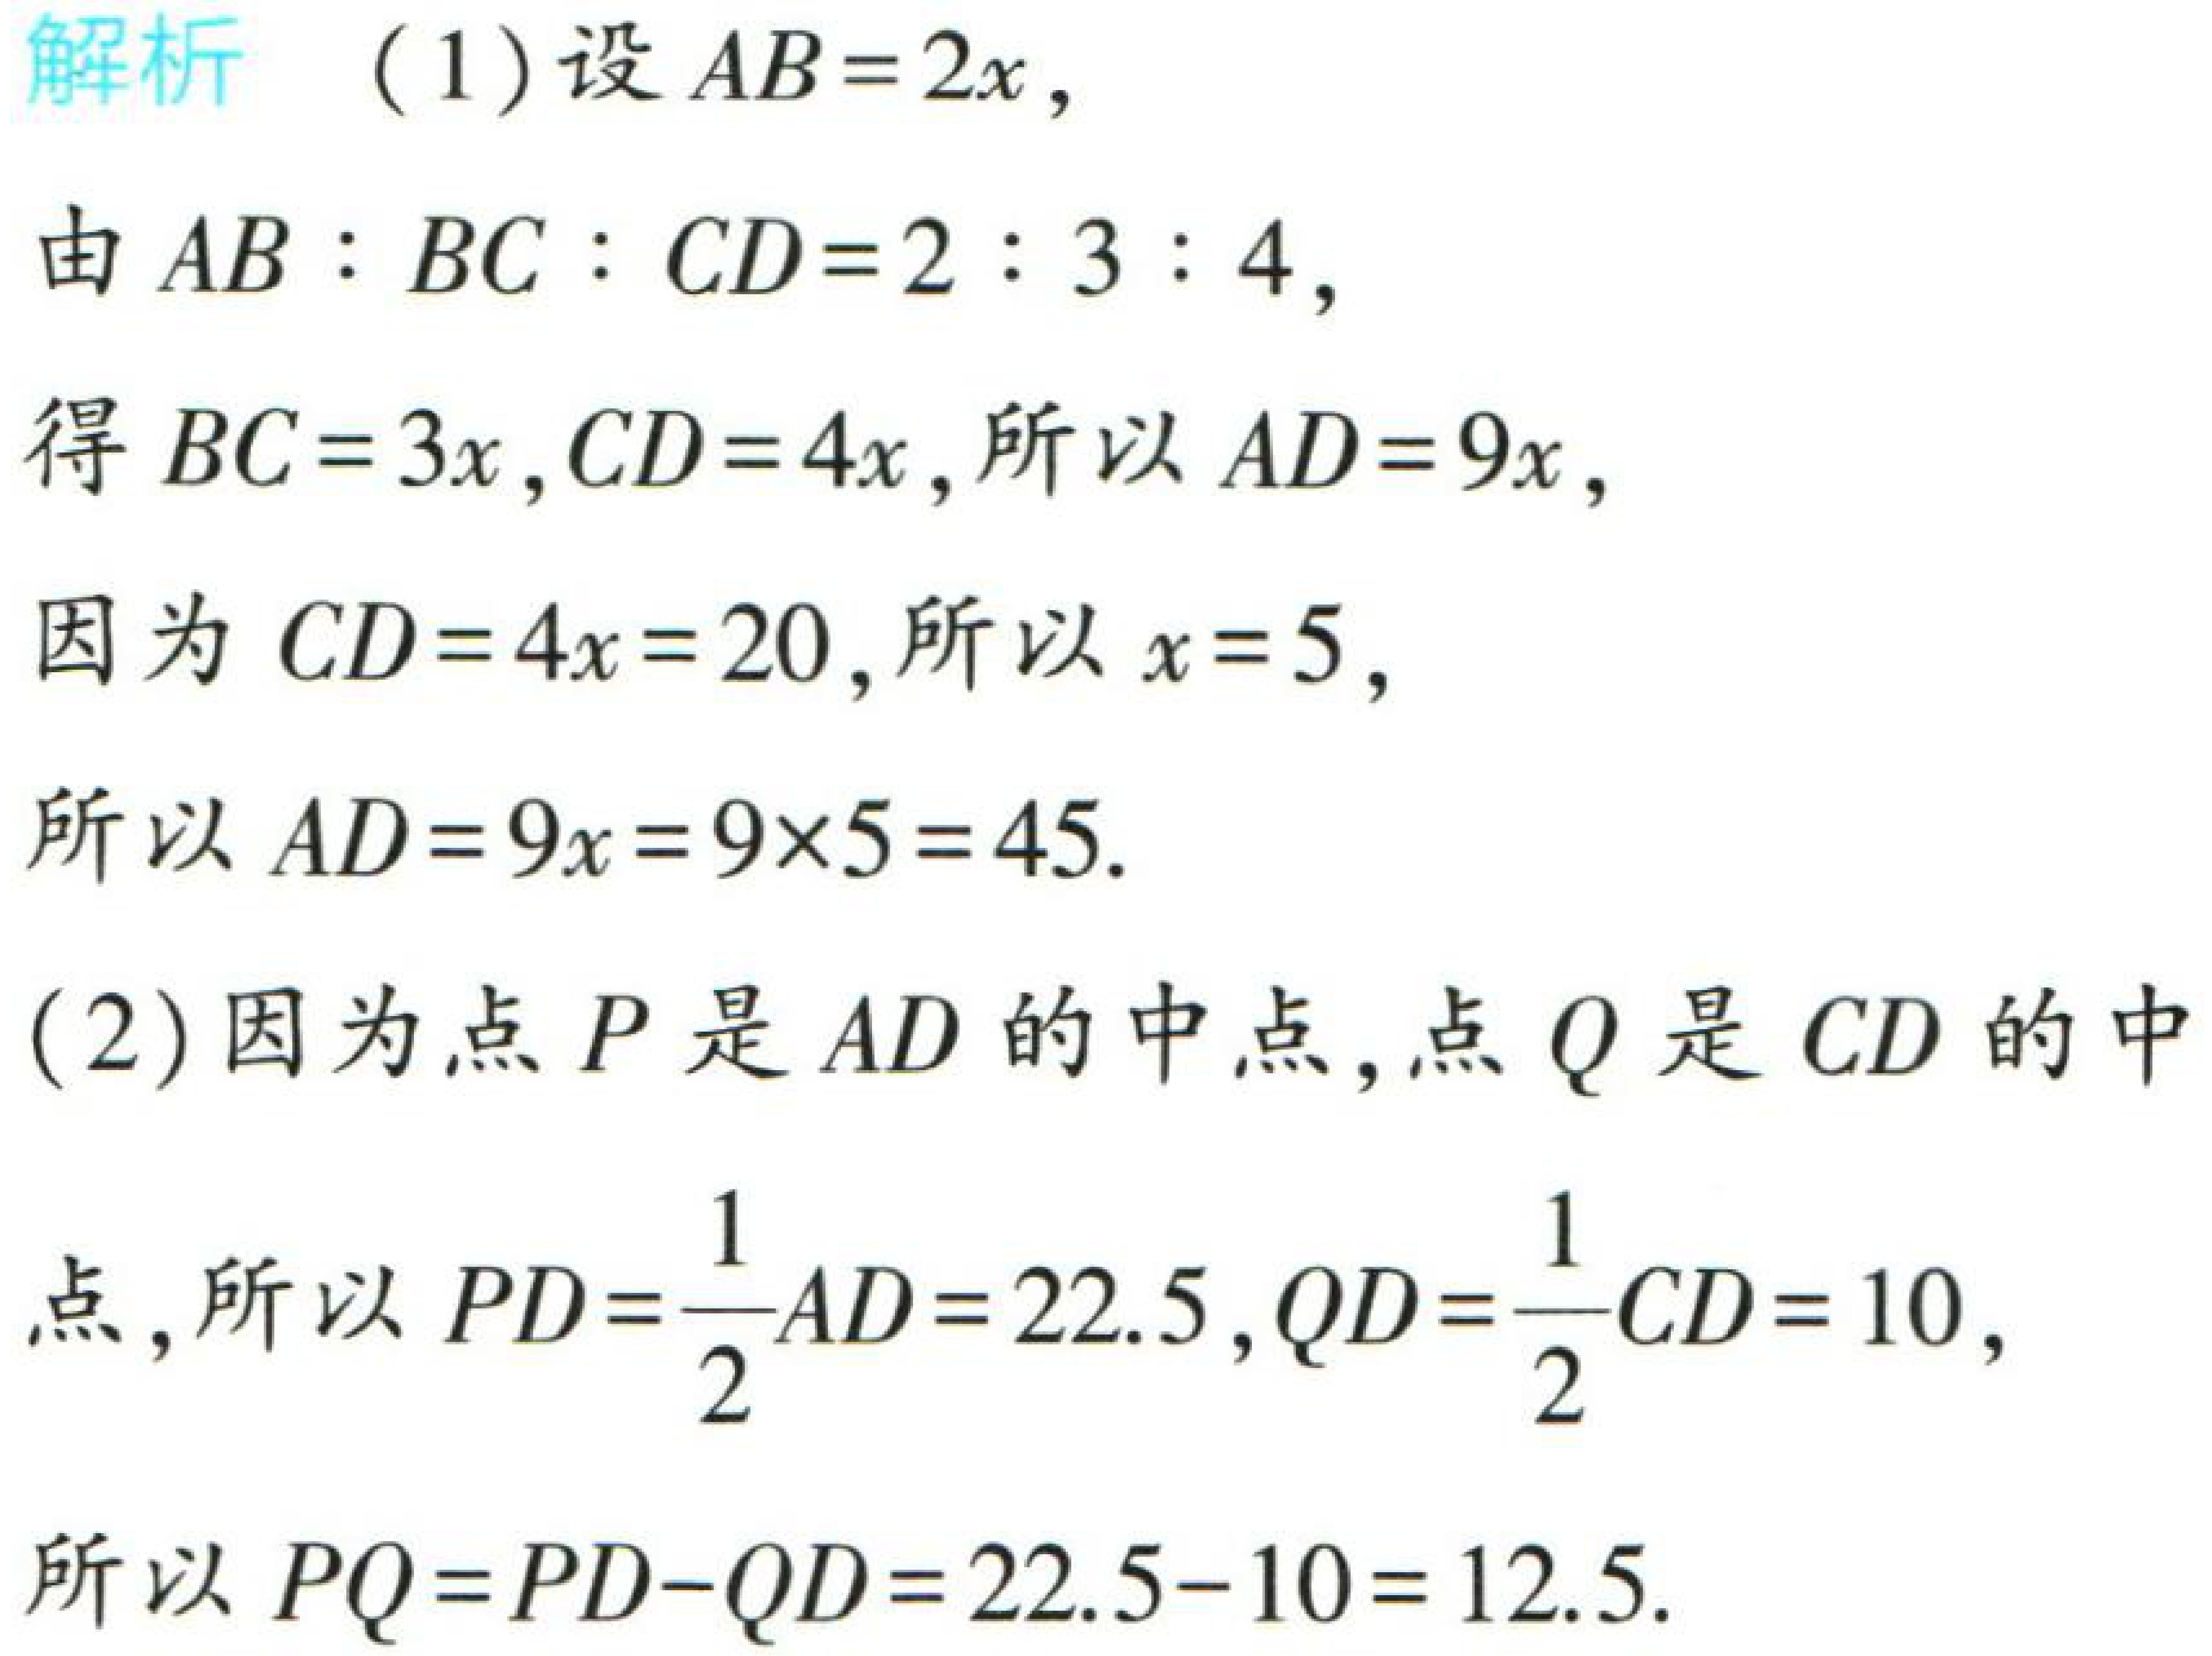
解析 （1）设 \(AB = 2x\)，

由 \(AB:BC:CD = 2:3:4\)，

得 \(BC = 3x,CD = 4x\)，所以 \(AD = 9x\)，

因为 \(CD = 4x = 20\)，所以 \(x = 5\)，

所以 \(AD = 9x = 9\times5 = 45\).

（2）因为点 \(P\) 是 \(AD\) 的中点，点 \(Q\) 是 \(CD\) 的中

点，所以 \(PD=\frac{1}{2}AD = 22.5\)，\(QD=\frac{1}{2}CD = 10\)，

所以 \(PQ = PD - QD = 22.5 - 10 = 12.5\).